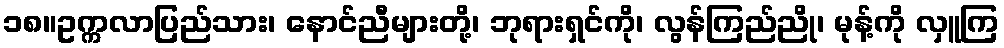
၁၈။ဥက္ကလာပြည်သား၊ နောင်ညီများတို့၊ ဘုရားရှင်ကို၊ လွန်ကြည်ညို၊ မုန့်ကို လှူကြ